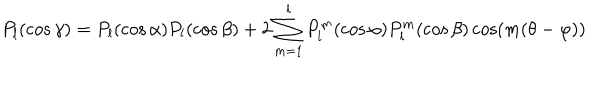
P _ { l } ( \cos \gamma ) = P _ { l } ( \cos \alpha ) P _ { l } ( \cos \beta ) + 2 \sum _ { m = 1 } ^ { l } P _ { l } ^ { m } ( \cos \alpha ) P _ { l } ^ { m } ( \cos \beta ) \cos ( m ( \theta - \varphi ) )